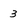
Character: 3